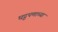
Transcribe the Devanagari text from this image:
घट्टपणाच्या